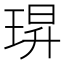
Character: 𮴢